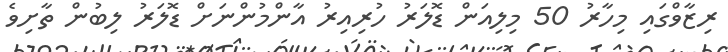
ރިޒާވްގައި މިހާރު 50 މިލިއަން ޑޮލަރު ހުރިއިރު އާންމުންނަށް ޑޮލަރު ލިބުން ތާށިވެ